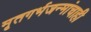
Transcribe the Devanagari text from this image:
मृतगर्भजन्मांचाही